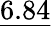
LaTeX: \underline{{6.84}}